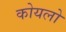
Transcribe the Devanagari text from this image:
कोयलो